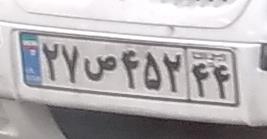
۷۵س۲۱۶۱۰